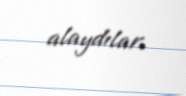
alaydılar.